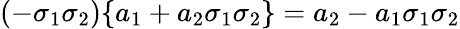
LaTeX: (-\sigma_{1}\sigma_{2})\{ a_{1}+a_{2}\sigma_{1}\sigma_{2}\} =a_{2}-a_{1}\sigma_{1}\sigma_{2}